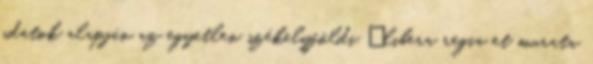
adatok alapján az egyetlen székelyföldi „libera regia et murata